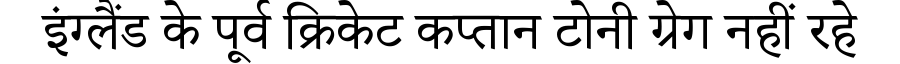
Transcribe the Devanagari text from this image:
इंग्लैंड के पूर्व क्रिकेट कप्तान टोनी ग्रेग नहीं रहे